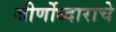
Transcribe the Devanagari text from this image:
जीर्णोध्दाराचे